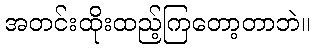
အတင်းထိုးထည့်ကြတော့တာဘဲ။